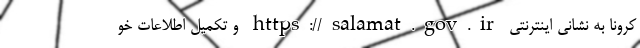
کرونا به نشانی اینترنتی https://salamat.gov.ir و تکمیل اطلاعات خو